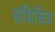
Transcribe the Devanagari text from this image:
संधिचित्र